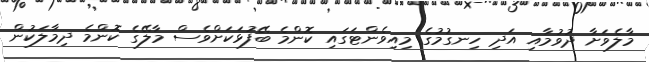
މާލެވަށާ ދުވުމާއި އަދި ހިނގުމުގެ މިއިވެންޓަގައި ކޮންމެ ބޭފުޅަކަށްވެސް މާލޭގެ ކޮންމެ ދިމާލަކުން